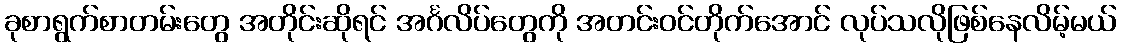
ခုစာရွက်စာတမ်းတွေ အတိုင်းဆိုရင် အင်္ဂလိပ်တွေကို အတင်းဝင်တိုက်အောင် လုပ်သလိုဖြစ်နေလိမ့်မယ်